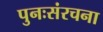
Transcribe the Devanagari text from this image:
पुनःसंरचना